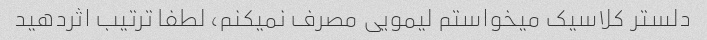
دلستر کلاسیک میخواستم لیمویی مصرف نمیکنم، لطفا ترتیب اثردهید